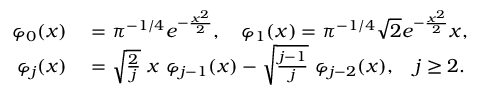
\begin{array} { r l } { \varphi _ { 0 } ( x ) } & { { } = \pi ^ { - 1 / 4 } e ^ { - \frac { x ^ { 2 } } { 2 } } , \quad \varphi _ { 1 } ( x ) = \pi ^ { - 1 / 4 } \sqrt { 2 } e ^ { - \frac { x ^ { 2 } } { 2 } } x , } \\ { \varphi _ { j } ( x ) } & { { } = \sqrt { \frac { 2 } { j } } \ x \ \varphi _ { j - 1 } ( x ) - \sqrt { \frac { j - 1 } { j } } \ \varphi _ { j - 2 } ( x ) , \quad j \geq 2 . } \end{array}